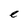
Character: e